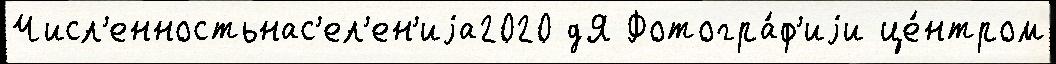
Числ'енностьнас'ел'ен'иjа2020 дЯ Фотогра́ф'иjи це́нтром